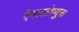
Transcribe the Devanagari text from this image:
ऐनालोग्युस